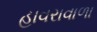
હાવરાવાળા